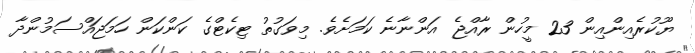
ޔޫކުރެއިންއިން 23 މީހުން ރާއްޖެ އަންނާނެ ކަމަށެވެ. މިވަގުތު ޓިކެޓްގެ ކަންކަން ހަމަޖައްސަމުންދާ